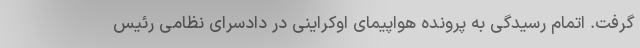
گرفت. اتمام رسیدگی به پرونده هواپیمای اوکراینی در دادسرای نظامی رئیس